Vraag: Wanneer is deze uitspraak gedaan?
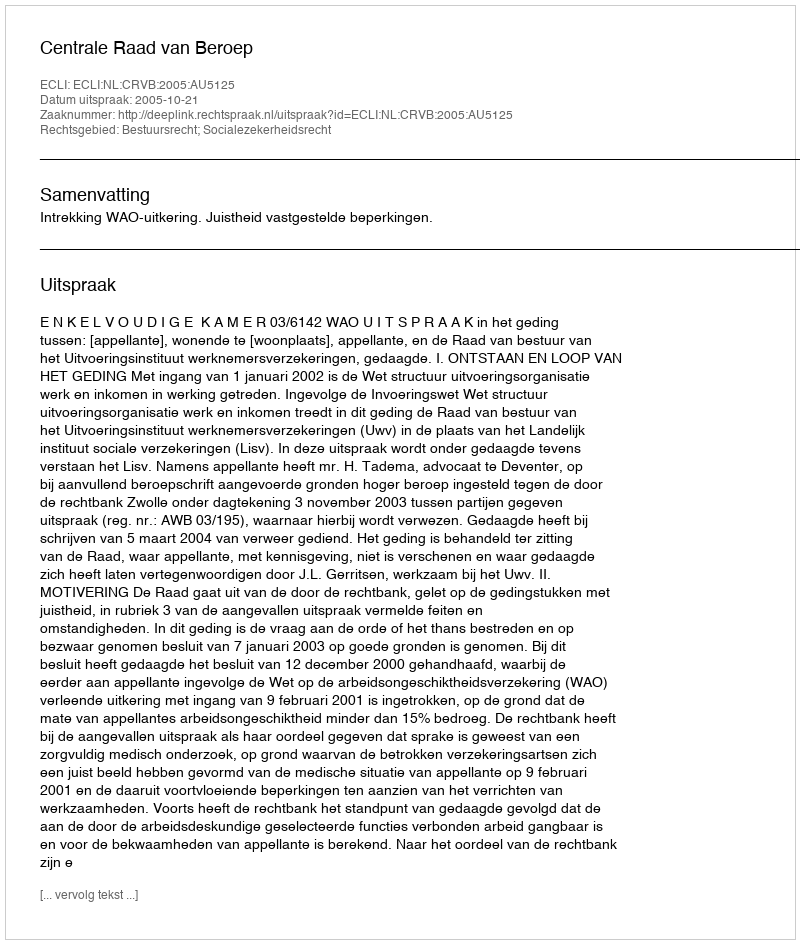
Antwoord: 2005-10-21